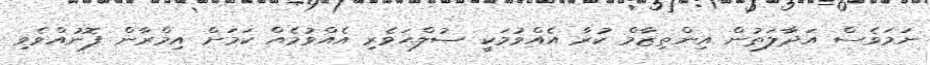
ނަމަވެސް އަދާލަތުން އިންތިޒާމް ކުރާ އެއްވުމަކީ ޞުލްޙަވެރި އެއްވުމެއް ކަމަށް އިމްރާން ފޮނުއްވެވި